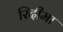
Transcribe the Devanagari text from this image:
रिदीमा